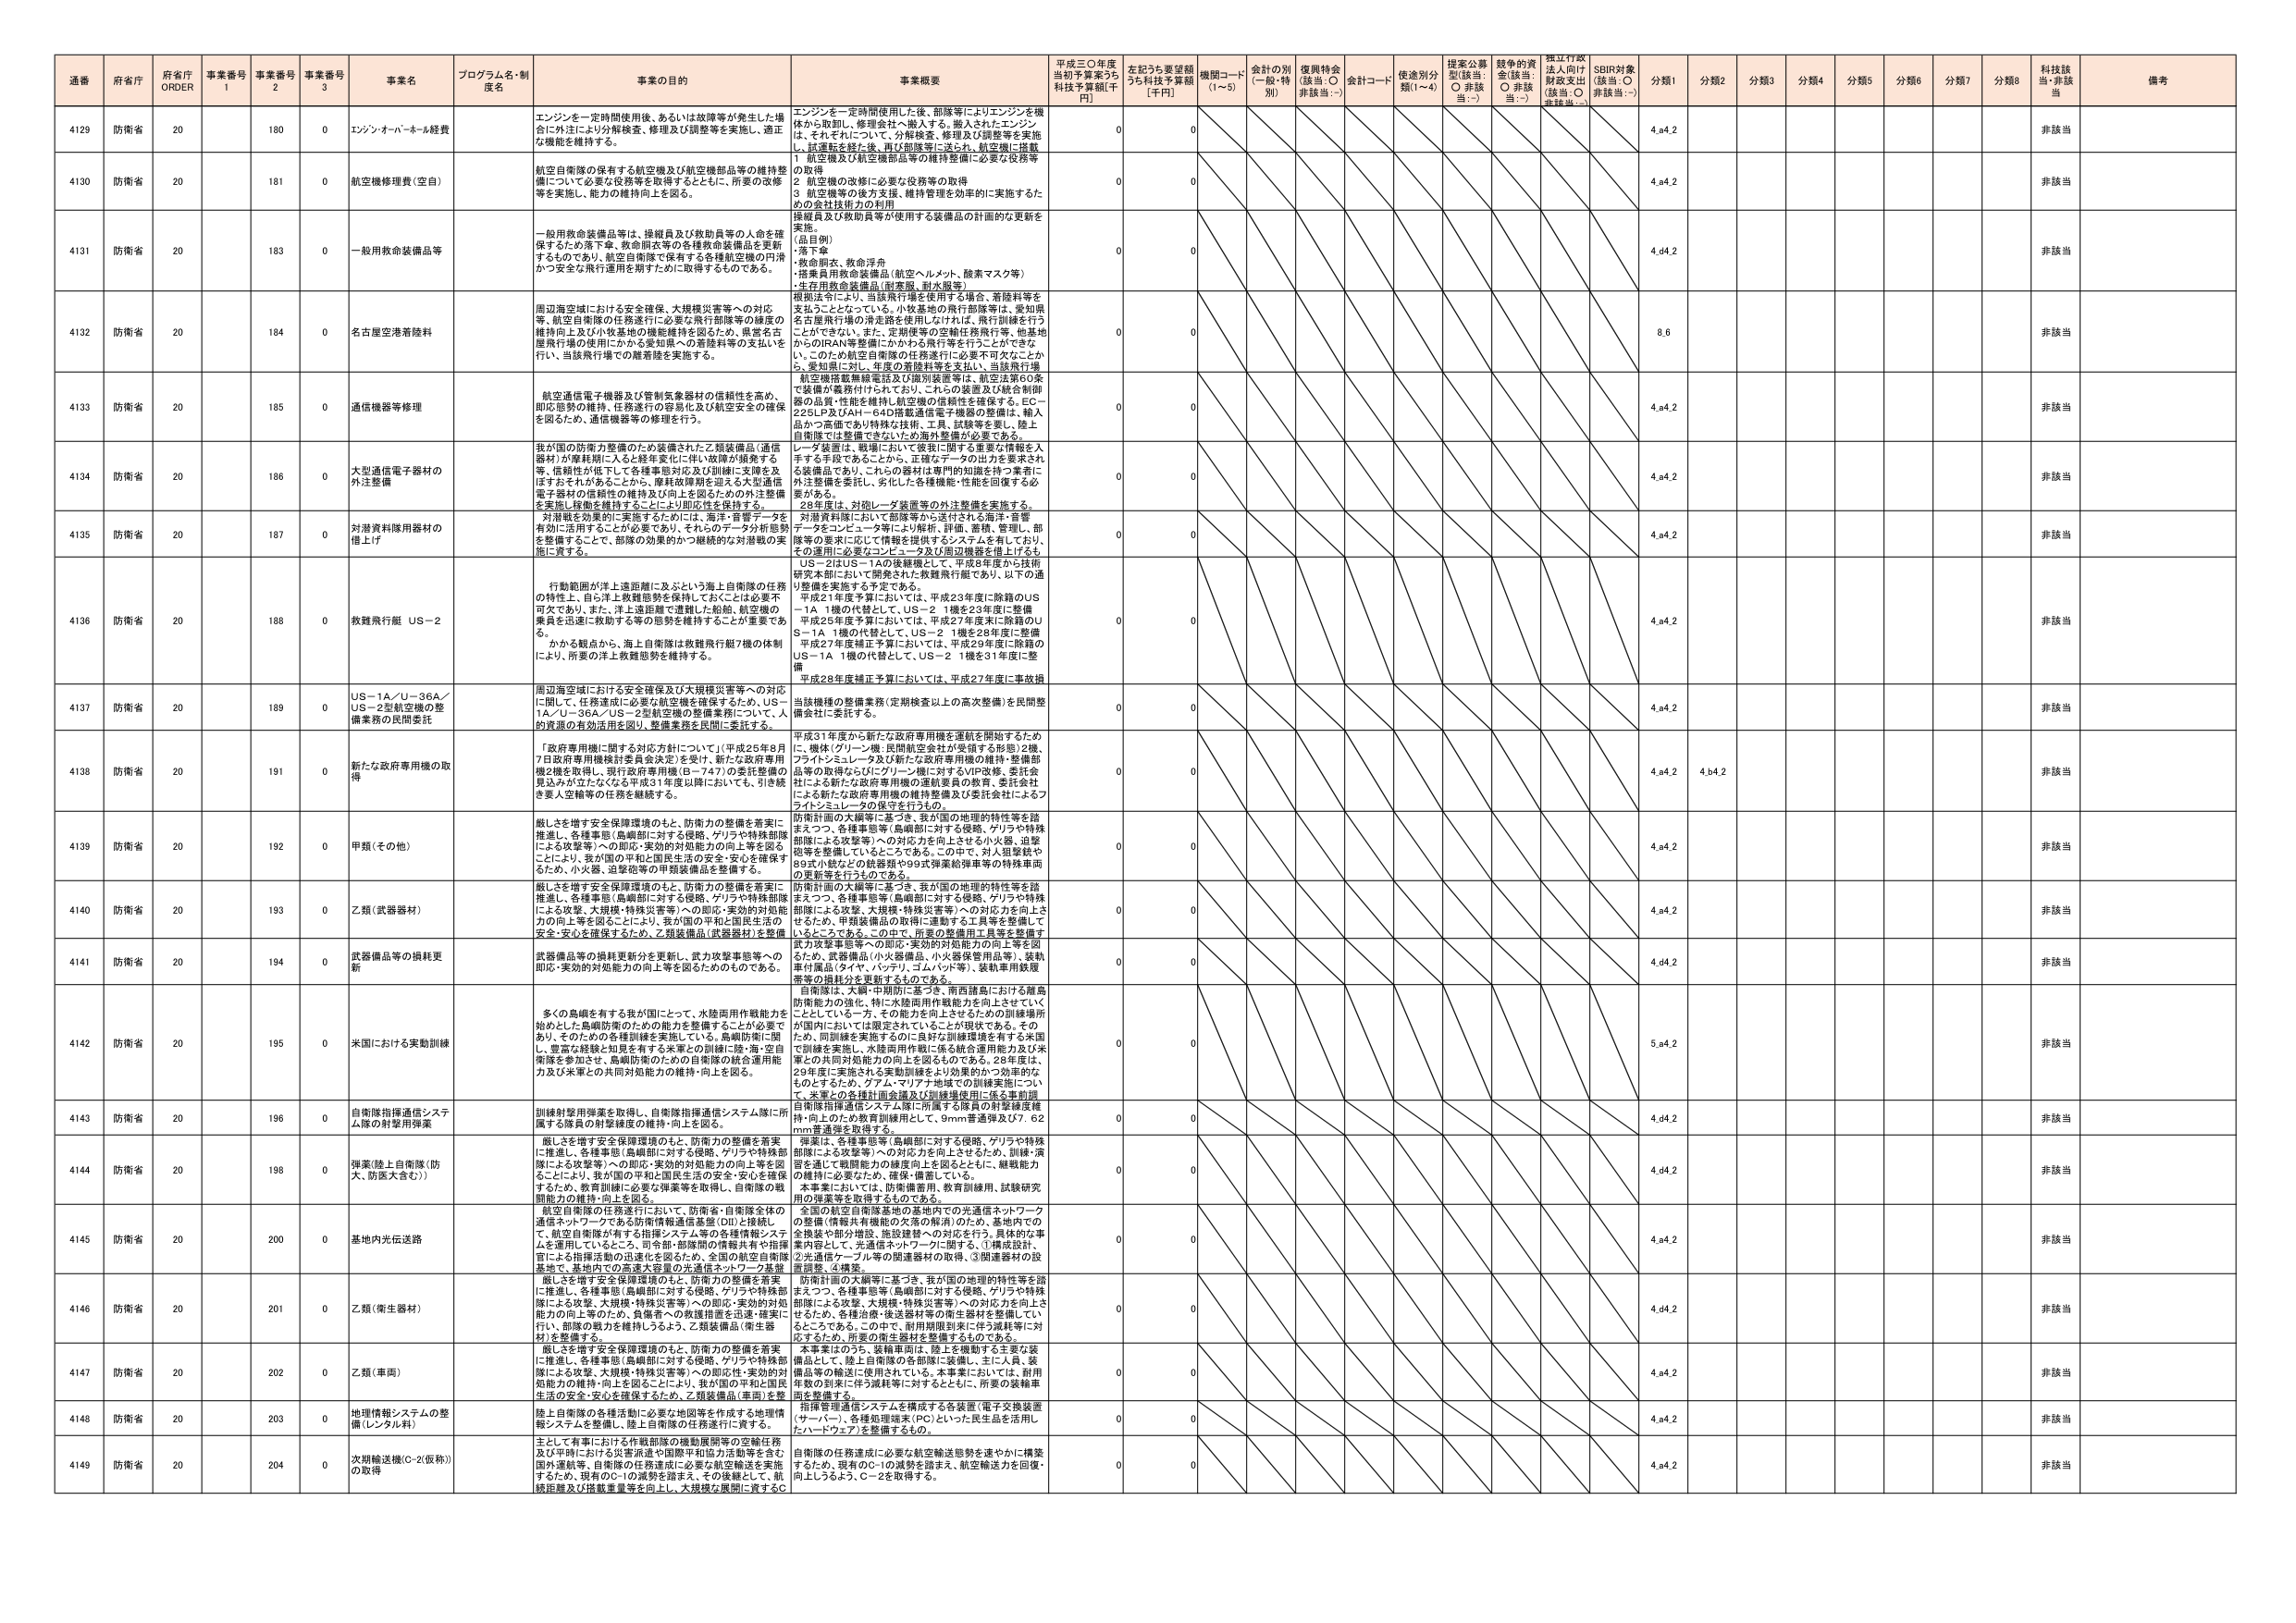
通番 府省庁 府省庁 ORDER 事業番号 1 事業番号 2 事業番号 3 事業名 プログラム名・制度名 事業の目的 事業概要 平成三〇年度当初予算案うち補正予算額[千円] 左記うち要望額うち科技予算額[千円] 機関コード(1～5) 会計の別(一般・特別) 復興特会(該当:○ 非該当:－) 会計コード 使途別分類(1～4) 提案公募型(該当:○ 非該当:－) 競争的資金(該当:○ 非該当:－) 採択行政法入向け財政支出(該当:○ 非該当:－) SDBR対象(該当:○ 非該当:－) 分類1 分類2 分類3 分類4 分類5 分類6 分類7 分類8 科技該当・非該当 備考

4129 防衛省 20 180 0 エンジン・オーバーホール経費 エンジンを一定時間使用後、あるいは故障等が発生した場合に外注により分解検査、修理及び調整等を実施し、適正な機能を維持する。 エンジンを一定時間使用した後、部隊等によりエンジンを機体から取卸し、修理会社へ搬入する。搬入されたエンジンは、それぞれについて、分解検査、修理及び調整等を実施し、試験駆動を終了後、再び部隊等に返し、航空機に搭載 0 0 4.a4.2 非該当

4130 防衛省 20 181 0 航空機修理費（空自） 航空自衛隊の保有する航空機及び航空機部品等の維持整備について必要な役務等を取得するとともに、所要の改修等を実施し、能力の維持向上を図る。 1 航空機及び航空機部品等の維持整備に必要な役務等の取得 2 航空機の改修に必要な役務等の取得 3 航空機等の後方支援、維持管理を効率的に実施するための会社技術力の利用 0 0 4.a4.2 非該当

4131 防衛省 20 183 0 一般用救命装備品等 一般用救命装備品等は、操縦員及び救助員等の入命を確保するため落下傘、救命胴衣等の各種救命装備品を更新するものであり、航空自衛隊で保有する各種航空機の円滑かつ安全な飛行運用を期するために取得するものである。 操縦員及び救助員等が使用する装備品の計画的な更新を実施。 （品目例） ・落下傘 ・救命胴衣、救命浮具 ・搭乗員用救命装備品（航空ヘルメット、酸素マスク等） ・生存用救命装備品（耐寒服、耐水服等） 0 0 4.d4.2 非該当

4132 防衛省 20 184 0 名古屋空港着陸料 周辺海空域における安全確保、大規模災害等への対応等、航空自衛隊の任務遂行に必要な飛行部隊等の練度の維持向上及び小牧基地の機能維持を図るため、県営名古屋飛行場の使用にかかる愛知県への着陸料等の支払いを行い、当該飛行場での離着陸を実施する。 親船法等により、当該飛行場を使用する場合、着陸料等を支払うこととなっている。小牧基地の飛行部隊等は、愛知県名古屋飛行場の滑走路を使用しなければ、飛行訓練を行うことができない。また、定期便等の空輸任務飛行等、他基地からのIRAN等整備にかかわる飛行等を行うことができない。このため航空自衛隊の任務遂行に必要不可欠なことから、愛知県に対し、年度の着陸料等を支払い、当該飛行場 0 0 8.6 非該当

4133 防衛省 20 185 0 通信機器等修理 航空通信電子機器及び管制気象器材の信頼性を高め、即応態勢の維持、任務遂行の容易化及び航空安全の確保を図るため、通信機器等の修理を行う。 航空機搭載無線電話及び識別装置等は、航空法第60条で装備が義務付けられており、これらの装置及び統合制御器の品質・性能を維持し航空機の信頼性を確保する。EC－225LP及びAH－64D搭載通信電子機器の整備は、輸入品かつ高度であり特殊な技術、工具、試験等を要し、陸上自衛隊では整備できないため海外整備が必要である。 0 0 4.a4.2 非該当

4134 防衛省 20 186 0 大型通信電子器材の外注整備 我が国の防衛力整備のため装備された乙類装備品（通信器材）が摩耗期に入ると経年変化に伴い故障が頻発する等、信頼性が低下してて各種事態対応及び訓練に支障を及ぼすおそれがあることから、摩耗故障期を迎える大型通信電子器材の信頼性の維持及び向上を図るための外注整備を実施し稼働を維持することにより即応性を保持する。 レーダ装置は、戦場において敵我に関する重要な情報を入手する手段である。ことから、正確なデータの出力要求される装備品であり、これらの器材は専門的知識を持つ業者に外注整備を委託し、劣化した各種機能・性能を回復する必要がある。 28年度は、対砲レーダ装置等の外注整備を実施する。 0 0 4.a4.2 非該当

4135 防衛省 20 187 0 対潜資料隊用器材の借上げ 対潜戦を効果的に実施するためには、海洋・音響データを有効に活用することが必要であり、それらのデータ分析態勢を整備することで、部隊の効果的かつ機動的な対潜戦の実施に資する。 対潜資料隊において部隊等から送付される海洋・音響データをコンピュータ等により解析、評価、蓄積、管理し、部隊等の要求に応じて情報を提供するシステムを有しており、その運用に必要なコンピュータ及び周辺機器を借上げるも 0 0 4.a4.2 非該当

4136 防衛省 20 188 0 救難飛行艇 US－2 行動範囲が洋上遠距離に及ぶという海上自衛隊の任務の特性上、自ら洋上救難態勢を保持しておくことは必要不可欠であり、また、洋上遠距離で遭難した船舶、航空機の乗員を迅速に救助する等の態勢を維持することが重要である。 かかち観点から、海上自衛隊は救難飛行艇7機の体制により、所要の洋上救難態勢を維持する。 US－2はUS－1Aの後継機として、平成8年度から技術研究本部において開発された救難飛行艇であり、以下の通り整備を実施する予定である。 平成21年度予算においては、平成23年度に除籍のUS－1A 1機の代替として、US－2 1機を23年度に整備 平成25年度予算においては、平成27年度末に除籍のUS－1A 1機の代替として、US－2 1機を26年度に整備 平成27年度補正予算においては、平成29年度に除籍のUS－1A 1機の代替として、US－2 1機を31年度に整備 平成28年度補正予算においては、平成27年度に事故損 0 0 4.a4.2 非該当

4137 防衛省 20 189 0 US－1A／U－36A／US－2型航空機の整備業務の民間委託 周辺海空域における安全確保及び大規模災害等への対応に関して、任務達成に必要な航空機を確保するため、US－1A／U－36A／US－2型航空機の整備業務について、人的資源の有効活用を図り、整備業務を民間に委託する。 当該機種の整備業務（定期検査以上の高次整備）を民間整備会社に委託する。 0 0 4.a4.2 非該当

4138 防衛省 20 191 0 新たな政府専用機の取得 「政府専用機に関する対応方針」について（平成25年8月7日政府専用機検討委員会決定）を受け、新たな政府専用機2機を取得し、現行政府専用機（B－747）の委託整備の見込みが立たなくなる平成31年度以降においても、引き続き要人空輸等の任務を継続する。 平成31年度から新たな政府専用機を運航を開始するため に、機体（グリーン機：民間航空会社が受領する形態）2機、フライトシミュレータ及び新たな政府専用機の維持・整備部品等の取得ならびにグリーン機に対するVIP改修、委託会社による新たな政府専用機の運航要員の教育、委託会社による新たな政府専用機の維持整備及び委託会社によるフライトシミュレータの保守を行うもの 0 0 4.a4.2 4.b4.2 非該当

4139 防衛省 20 192 0 甲類（その他） 厳しさを増す安全保障環境のもと、防衛力の整備を着実に推進し、各種事態（島嶼部に対する侵略、ゲリラや特殊部隊による攻撃等）への即応・実効的対処能力の向上等を図ることにより、我が国の平和と国民生活の安全・安心を確保するため、小火器、迫撃砲等の甲類装備品を整備する。 防衛計画の大綱等に基づき、我が国の地理的特性等を踏まえつつ、各種事態等（島嶼部に対する侵略、ゲリラや特殊部隊による攻撃等）への対応力を向上させる小火器、迫撃砲等を整備していることである。この中で、対人狙撃銃や89式小銃などの銃器類や99式弾薬給弾車等の特殊車両の更新等を行うものである。 0 0 4.a4.2 非該当

4140 防衛省 20 193 0 乙類（武器器材） 厳しさを増す安全保障環境のもと、防衛力の整備を着実に推進し、各種事態（島嶼部に対する侵略、ゲリラや特殊部隊による攻撃、大規模・特殊災害等）への即応・実効的対処能力の向上等を図ることにより、我が国の平和と国民生活の安全・安心を確保するため、乙類装備品（武器器材）を整備 防衛計画の大綱等に基づき、我が国の地理的特性等を踏まえつつ、各種事態等（島嶼部に対する侵略、ゲリラや特殊部隊による攻撃、大規模・特殊災害等）への対応力を向上させるため、甲類装備品の取得に連動する工具等を整備していることである。この中で、所要の整備用工具等を整備す 0 0 4.a4.2 非該当

4141 防衛省 20 194 0 武器備品等の消耗更新 武器備品等の消耗更新分を更新し、武力攻撃事態等への即応・実効的対処能力の向上等を図るためのものである。 武力攻撃事態等への即応・実効的対処能力の向上等を図るため、武器備品（小火器備品、小火器保管用品等）、装軌車付属品（タイヤ、バッテリ、ゴムハンド等）、装軌車用銃履帯等の消耗分を更新するものである。 0 0 4.d4.2 非該当

4142 防衛省 20 195 0 米国における実動訓練 多くの島嶼を有する我が国にとって、水陸両用作戦能力を始めとした島嶼防衛のための能力を整備することが必要であり、そのための各種訓練を実施している。島嶼防衛に関し、豊富な経験と知見を有する米軍との訓練に陸・海・空自衛隊を参加させ、島嶼防衛のための自衛隊の統合運用能力及び米軍との共同対処能力の維持・向上を図る。 自衛隊は、大韓・中朝間に基づき、南西諸島における離島防衛能力の強化、特に水陸両用作戦能力を向上させていくこととしている。一方、その能力を向上させるための訓練場所が国内においては限定されていることが現状である。そのため、同訓練を実施するのに良好な訓練環境を有する米国で訓練を実施し、水陸両用作戦に係る統合運用能力及び米軍との共同対処能力の向上を図るものである。28年度は、29年度に実施される実動訓練をより効果的かつ効率的なものとするため、グアム・マリアナ地域での訓練実施について、米軍との合練計画会議及び訓練場使用に係る事前調 0 0 5.a4.2 非該当

4143 防衛省 20 196 0 自衛隊指揮通信システム隊の射撃弾薬 訓練射撃用弾薬を取得し、自衛隊指揮通信システム隊に所属する隊員の射撃練度の維持・向上を図る。 自衛隊指揮通信システム隊に所属する隊員の射撃練度維持・向上のため教育訓練用として、9mm普通弾及び7.62mm普通弾を取得する。 0 0 4.d4.2 非該当

4144 防衛省 20 198 0 弾薬(陸上自衛隊(防大、防医大含む)) 厳しさを増す安全保障環境のもと、防衛力の整備を着実に推進し、各種事態（島嶼部に対する侵略、ゲリラや特殊部隊による攻撃等）への即応・実効的対処能力の向上等を図ることにより、我が国の平和と国民生活の安全・安心を確保するため、教育訓練に必要な弾薬等を取得し、自衛隊の戦闘能力の維持・向上を図る。 弾薬は、各種事態等（島嶼部に対する侵略、ゲリラや特殊部隊による攻撃等）への対応力を向上させるため、訓練・演習を通じて戦闘能力の練度向上を図るとともに、継戦能力の維持に必要ため、確保・備蓄している。 本事業においては、防衛備蓄用、教育訓練用、試験研究用の弾薬等を取得するものである。 0 0 4.d4.2 非該当

4145 防衛省 20 200 0 基地内光伝送路 自衛隊の任務遂行において、防衛省・自衛隊全体の通信ネットワークである防衛情報通信基盤（DI）と接続し、航空自衛隊が有する指揮システム等の各種情報システムを運用しているところ。司令部・部隊間の情報共有や指揮官による指揮活動の迅速化を図るため、全国の航空自衛隊基地と、基地内での高度な容量の光通信ネットワーク基盤 全国の航空自衛隊基地の基地内での光通信ネットワークの整備（情報共有機能の充実の販売）のため、基地内での全換装や部分増設、施設建替への対応を行う。具体的な事業内容として、光通信ネットワークに関する、①構成設計、②光通信ケーブル等の関連器材の取得、③関連器材の設置調整、④構築。 0 0 4.a4.2 非該当

4146 防衛省 20 201 0 乙類（衛生器材） 厳しさを増す安全保障環境のもと、防衛力の整備を着実に推進し、各種事態（島嶼部に対する侵略、ゲリラや特殊部隊による攻撃、大規模・特殊災害等）への即応・実効的対処能力の向上等のため、負傷者への救護措置を迅速・確実に行い、部隊の戦力を維持しつつ、乙類装備品（衛生器材）を整備する。 防衛計画の大綱等に基づき、我が国の地理的特性等を踏まえつつ、各種事態等（島嶼部に対する侵略、ゲリラや特殊部隊による攻撃、大規模・特殊災害等）への対応力を向上させるため、各種治療・後送器材等の衛生器材を整備していることである。この中で、耐用期限到来に伴う減耗等に対応するため、所要の衛生器材を整備するものである。 0 0 4.d4.2 非該当

4147 防衛省 20 202 0 乙類（車両） 厳しさを増す安全保障環境のもと、防衛力の整備を着実に推進し、各種事態（島嶼部に対する侵略、ゲリラや特殊部隊による攻撃、大規模・特殊災害等）への即応・実効的対処能力の維持・向上を図ることにより、我が国の平和と国民生活の安全・安心を確保するため、乙類装備品（車両）を整備 本事業はのうち、装輪車両は、陸上を機動する主要な装備品として、陸上自衛隊の各部隊に装備し、主に人員、装備品等の輸送に使用されている。本事業においては、耐用年数の到来に伴う減耗等に対するとともに、所要の装輪車両を整備する。 0 0 4.a4.2 非該当

4148 防衛省 20 203 0 地理情報システムの整備（レンタル料） 陸上自衛隊の各種活動に必要な地図等を作成する地理情報システムを整備し、陸上自衛隊の任務遂行に資する。 指揮管理通信システムを構成する各装置（電子交換装置（サーバー）、各種処理端末（PC）といった民生品を活用し、たハードウェア）を整備するもの。 0 0 4.a4.2 非該当

4149 防衛省 20 204 0 次期輸送機（C－2（仮称））の取得 主として有事における作戦部隊の機動展開等の空輸任務及び平時における災害派遣や国際平和協力活動等を含む国外運航等、自衛隊の任務達成に必要な航空輸送を実施するため、現有のC－1の減勢を踏まえ、その後継として、航続距離及び搭載重量等を向上し、大規模な展開に資するC 自衛隊の任務達成に必要な航空輸送態勢を速やかに構築するため、現有のC－1の減勢を踏まえ、航空輸送力を回復・向上しうるよう、C－2を取得する。 0 0 4.a4.2 非該当